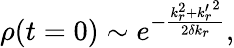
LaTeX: \rho(t=0)\sim e^{-\frac{k_{r}^{2}+{k_{r}^{\prime}}^{2}}{2\delta k_{r}}},